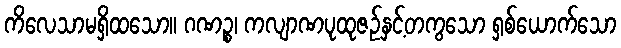
ကိလေသာမရှိထသော။ ဂဏဉ္စ၊ ကလျာဏပုထုဇဉ်နှင့်တကွသော ရှစ်ယောက်သော